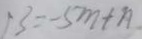
1 3 = - 5 m + n